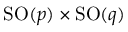
\mathrm { S O } ( p ) \times \mathrm { S O } ( q )